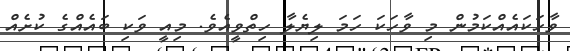
ވާހަކައެއްކަމުން މި ވާހަކަ ހަމަ ލިޔެލާ ހިތްވީއެވެ. މިއީ ވަކި ބައެއްގެ ކުށެއް